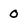
Character: 0